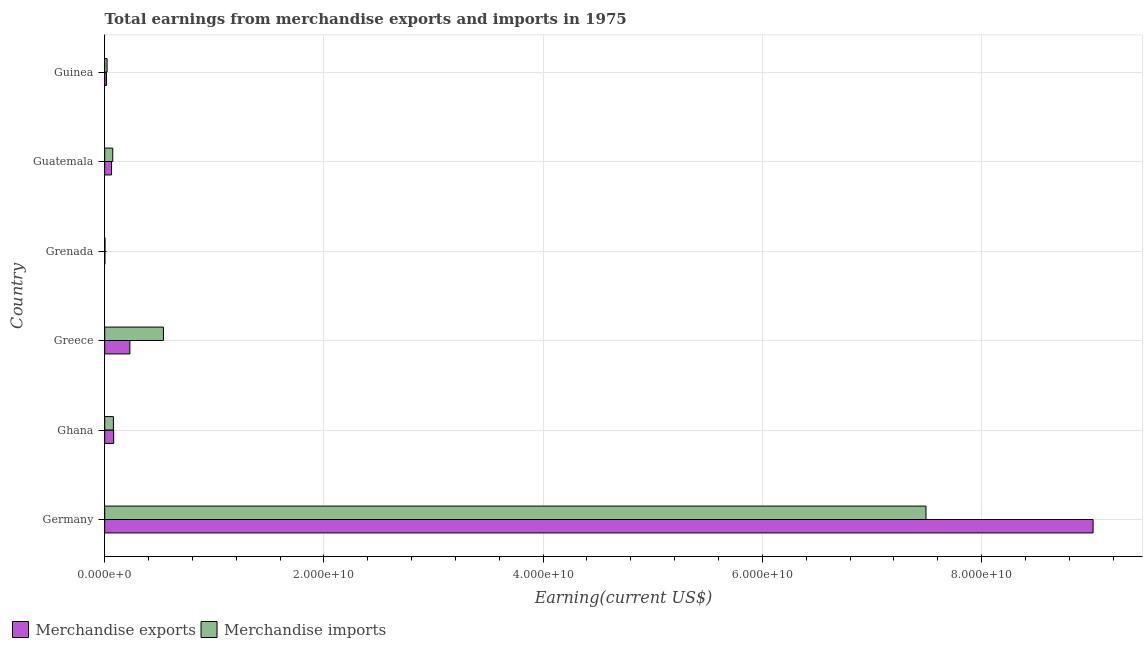
| Country | Merchandise exports | Merchandise imports |
 | --- | --- | --- |
 | Germany | 9.02e+10 | 7.49e+10 |
 | Ghana | 8.16e+08 | 7.91e+08 |
 | Greece | 2.29e+09 | 5.36e+09 |
 | Grenada | 1.24e+07 | 2.41e+07 |
 | Guatemala | 6.24e+08 | 7.33e+08 |
 | Guinea | 1.61e+08 | 2.16e+08 |